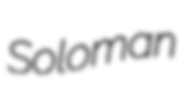
Soloman